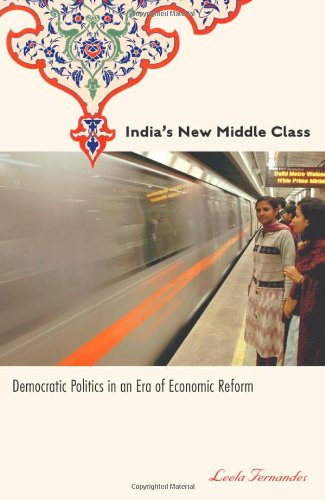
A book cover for India's New Middle Class: Democratic Politics in an Era of Economic Reform; Leela Fernandes; History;